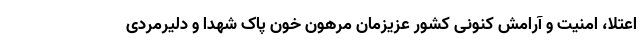
اعتلا، امنیت و آرامش کنونی کشور عزیزمان مرهون خون پاک شهدا و دلیرمردی